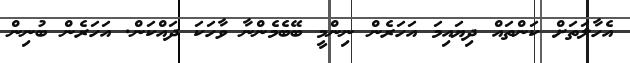
އެހާލަތަށް ކަންތައް ދިޔައިމަ އަހަރެން ނިންމީ ބޭބެމެންނާ ވާހަކަ ދައްކަން. އަހަރެން ބުނިން